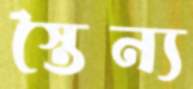
স্তৈন্য